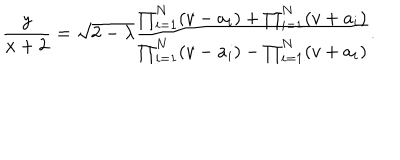
\frac { y } { x + 2 } = \sqrt { 2 - \lambda } \frac { \prod _ { i = 1 } ^ { N } ( v - a _ { i } ) + \prod _ { i = 1 } ^ { N } ( v + a _ { i } ) } { \prod _ { i = 1 } ^ { N } ( v - a _ { i } ) - \prod _ { i = 1 } ^ { N } ( v + a _ { i } ) } .